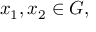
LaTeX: x _ { 1 } , x _ { 2 } \in G ,